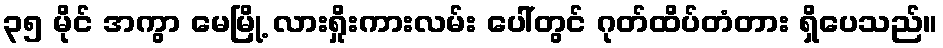
၃၅ မိုင် အကွာ မေမြို့ လားရှိုးကားလမ်း ပေါ်တွင် ဂုတ်ထိပ်တံတား ရှိပေသည်။